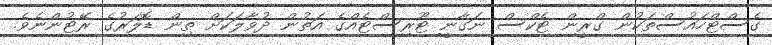
ގެސްޓްހައުސްތަކުން ގްރީން ޓެކްސް ނަގާނީ ޓޫރިސްޓެއްގެ އަތުން ދުވާލަކަށް ތިން ޑޮލަރުގެ ރޭޓުންނެވެ.